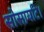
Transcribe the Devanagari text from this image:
सोसायटि।